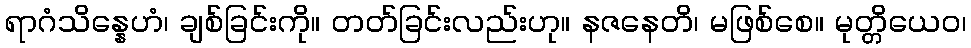
ရာဂံသိန္နေဟံ၊ ချစ်ခြင်းကို။ တတ်ခြင်းလည်းဟု။ နဇနေတိ၊ မဖြစ်စေ။ မုတ္တိယေဝ၊